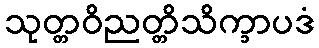
သုတ္တဝိညတ္တိသိက္ခာပဒံ